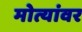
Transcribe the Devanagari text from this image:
मोत्यांवर